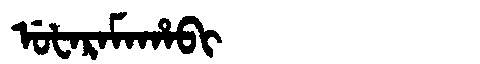
Manchu: ᡠᡶᠠᡵᠠᠮᠠᡥᠠᠪᡳ
Romanization: UFARAMAHABI